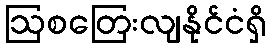
ဩစတြေးလျနိုင်ငံရှိ